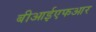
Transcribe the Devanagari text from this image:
बीआईएफआर